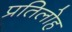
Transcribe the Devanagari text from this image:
प्रतिलोह